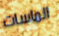
الماسات